画像に写った文字を読んでください
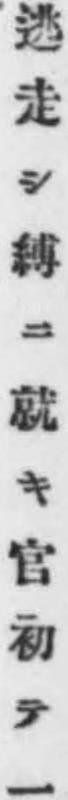
「逃走シ縛ニ就キ官初テ一」と書いてあります